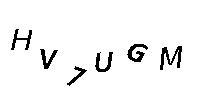
HV7UGM